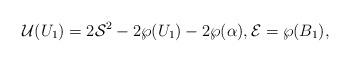
LaTeX: \begin{align*} \mathcal{U}(U_1) = 2 \mathcal{S}^2 -2\wp(U_1)-2\wp(\alpha),\mathcal{E}=\wp(B_1),\end{align*}